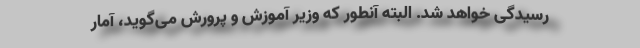
رسیدگی خواهد شد. البته آنطور که وزیر آموزش و پرورش می‌گوید، آمار